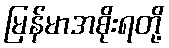
မြန်မာအစိုးရတို့